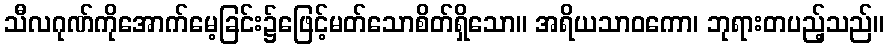
သီလဂုဏ်ကိုအောက်မေ့ခြင်း၌ဖြေင့်မတ်သောစိတ်ရှိသော။ အရိယသာဝကော၊ ဘုရားတပည့်သည်။